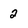
Character: 2